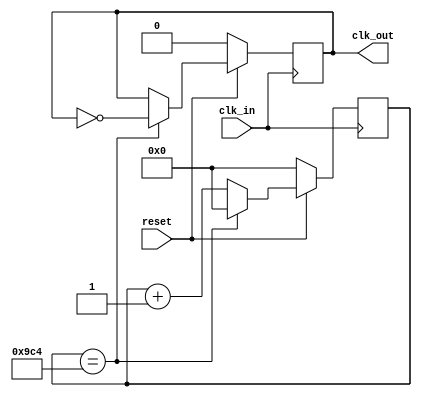
//created by pmcat
`define TimeExpire 32'd 2500
`define ccthn 11'd 2000

module fd(clk_in ,reset, clk_out) ;
    input clk_in,reset ;
    output reg clk_out ;
    reg [31:0] count ;

    always@(posedge clk_in)
    begin
        if(!reset)
            begin
                count<=32'd 0 ;
                clk_out <= 1'b 0;
            end
        else
            begin
                if(count==`TimeExpire)
                    begin
                        count <= 0;
                        clk_out <= ~clk_out;
                    end
                else
                    begin
                        count = count+1 ;
                    end
            end
    end
endmodule

module DotMatrixDisplay (clock , reset , dot_row , dot_col);
    input clock , reset ;
    output reg [7:0] dot_row , dot_col ;
    wire clk_div ;
    reg[2:0] row_count ;
    reg cc ;
    reg[10:0] ccth ;

    fd f1( .clk_in(clock) , .reset(reset) , .clk_out(clk_div)) ;
   
    always@(posedge clk_div , negedge reset)
    begin

    if(~reset)
        begin
        dot_row <= 8'b 0 ;
        dot_col <= 8'b 0 ;
        row_count <= 0 ;
        end
    else
        begin
            if(ccth == `ccthn )
                begin
                    ccth <= 1;
                    cc <= ~cc;
                end
            else
                begin
                    ccth <= ccth + 1 ;
                end

            row_count <= row_count + 1 ;
            case(row_count)
            3'd 0 : dot_row <= 8'b 01111111 ;
            3'd 1 : dot_row <= 8'b 10111111 ;
            3'd 2 : dot_row <= 8'b 11011111 ;
            3'd 3 : dot_row <= 8'b 11101111 ;
            3'd 4 : dot_row <= 8'b 11110111 ;
            3'd 5 : dot_row <= 8'b 11111011 ;
            3'd 6 : dot_row <= 8'b 11111101 ;
            3'd 7 : dot_row <= 8'b 11111110 ;
            endcase
         
        if(cc==0)
            begin
                case(row_count)
                3'd 0 : dot_col <= 8'b 00111000 ;
                3'd 1 : dot_col <= 8'b 00101000 ;
                3'd 2 : dot_col <= 8'b 00111000 ;
                3'd 3 : dot_col <= 8'b 00111000 ;
                3'd 4 : dot_col <= 8'b 01010100 ;
                3'd 5 : dot_col <= 8'b 10010010 ;
                3'd 6 : dot_col <= 8'b 00101000 ;
                3'd 7 : dot_col <= 8'b 01000100 ;
                endcase
            end
        else
            begin
                case(row_count)
                3'd 0 : dot_col <= 8'b 00011100 ;
                3'd 1 : dot_col <= 8'b 01010101 ;
                3'd 2 : dot_col <= 8'b 00111110 ;
                3'd 3 : dot_col <= 8'b 00011100 ;
                3'd 4 : dot_col <= 8'b 00001000 ;
                3'd 5 : dot_col <= 8'b 00001000 ;
                3'd 6 : dot_col <= 8'b 00010100 ;
                3'd 7 : dot_col <= 8'b 00100010 ;
                endcase
            end
        end
    end
endmodule